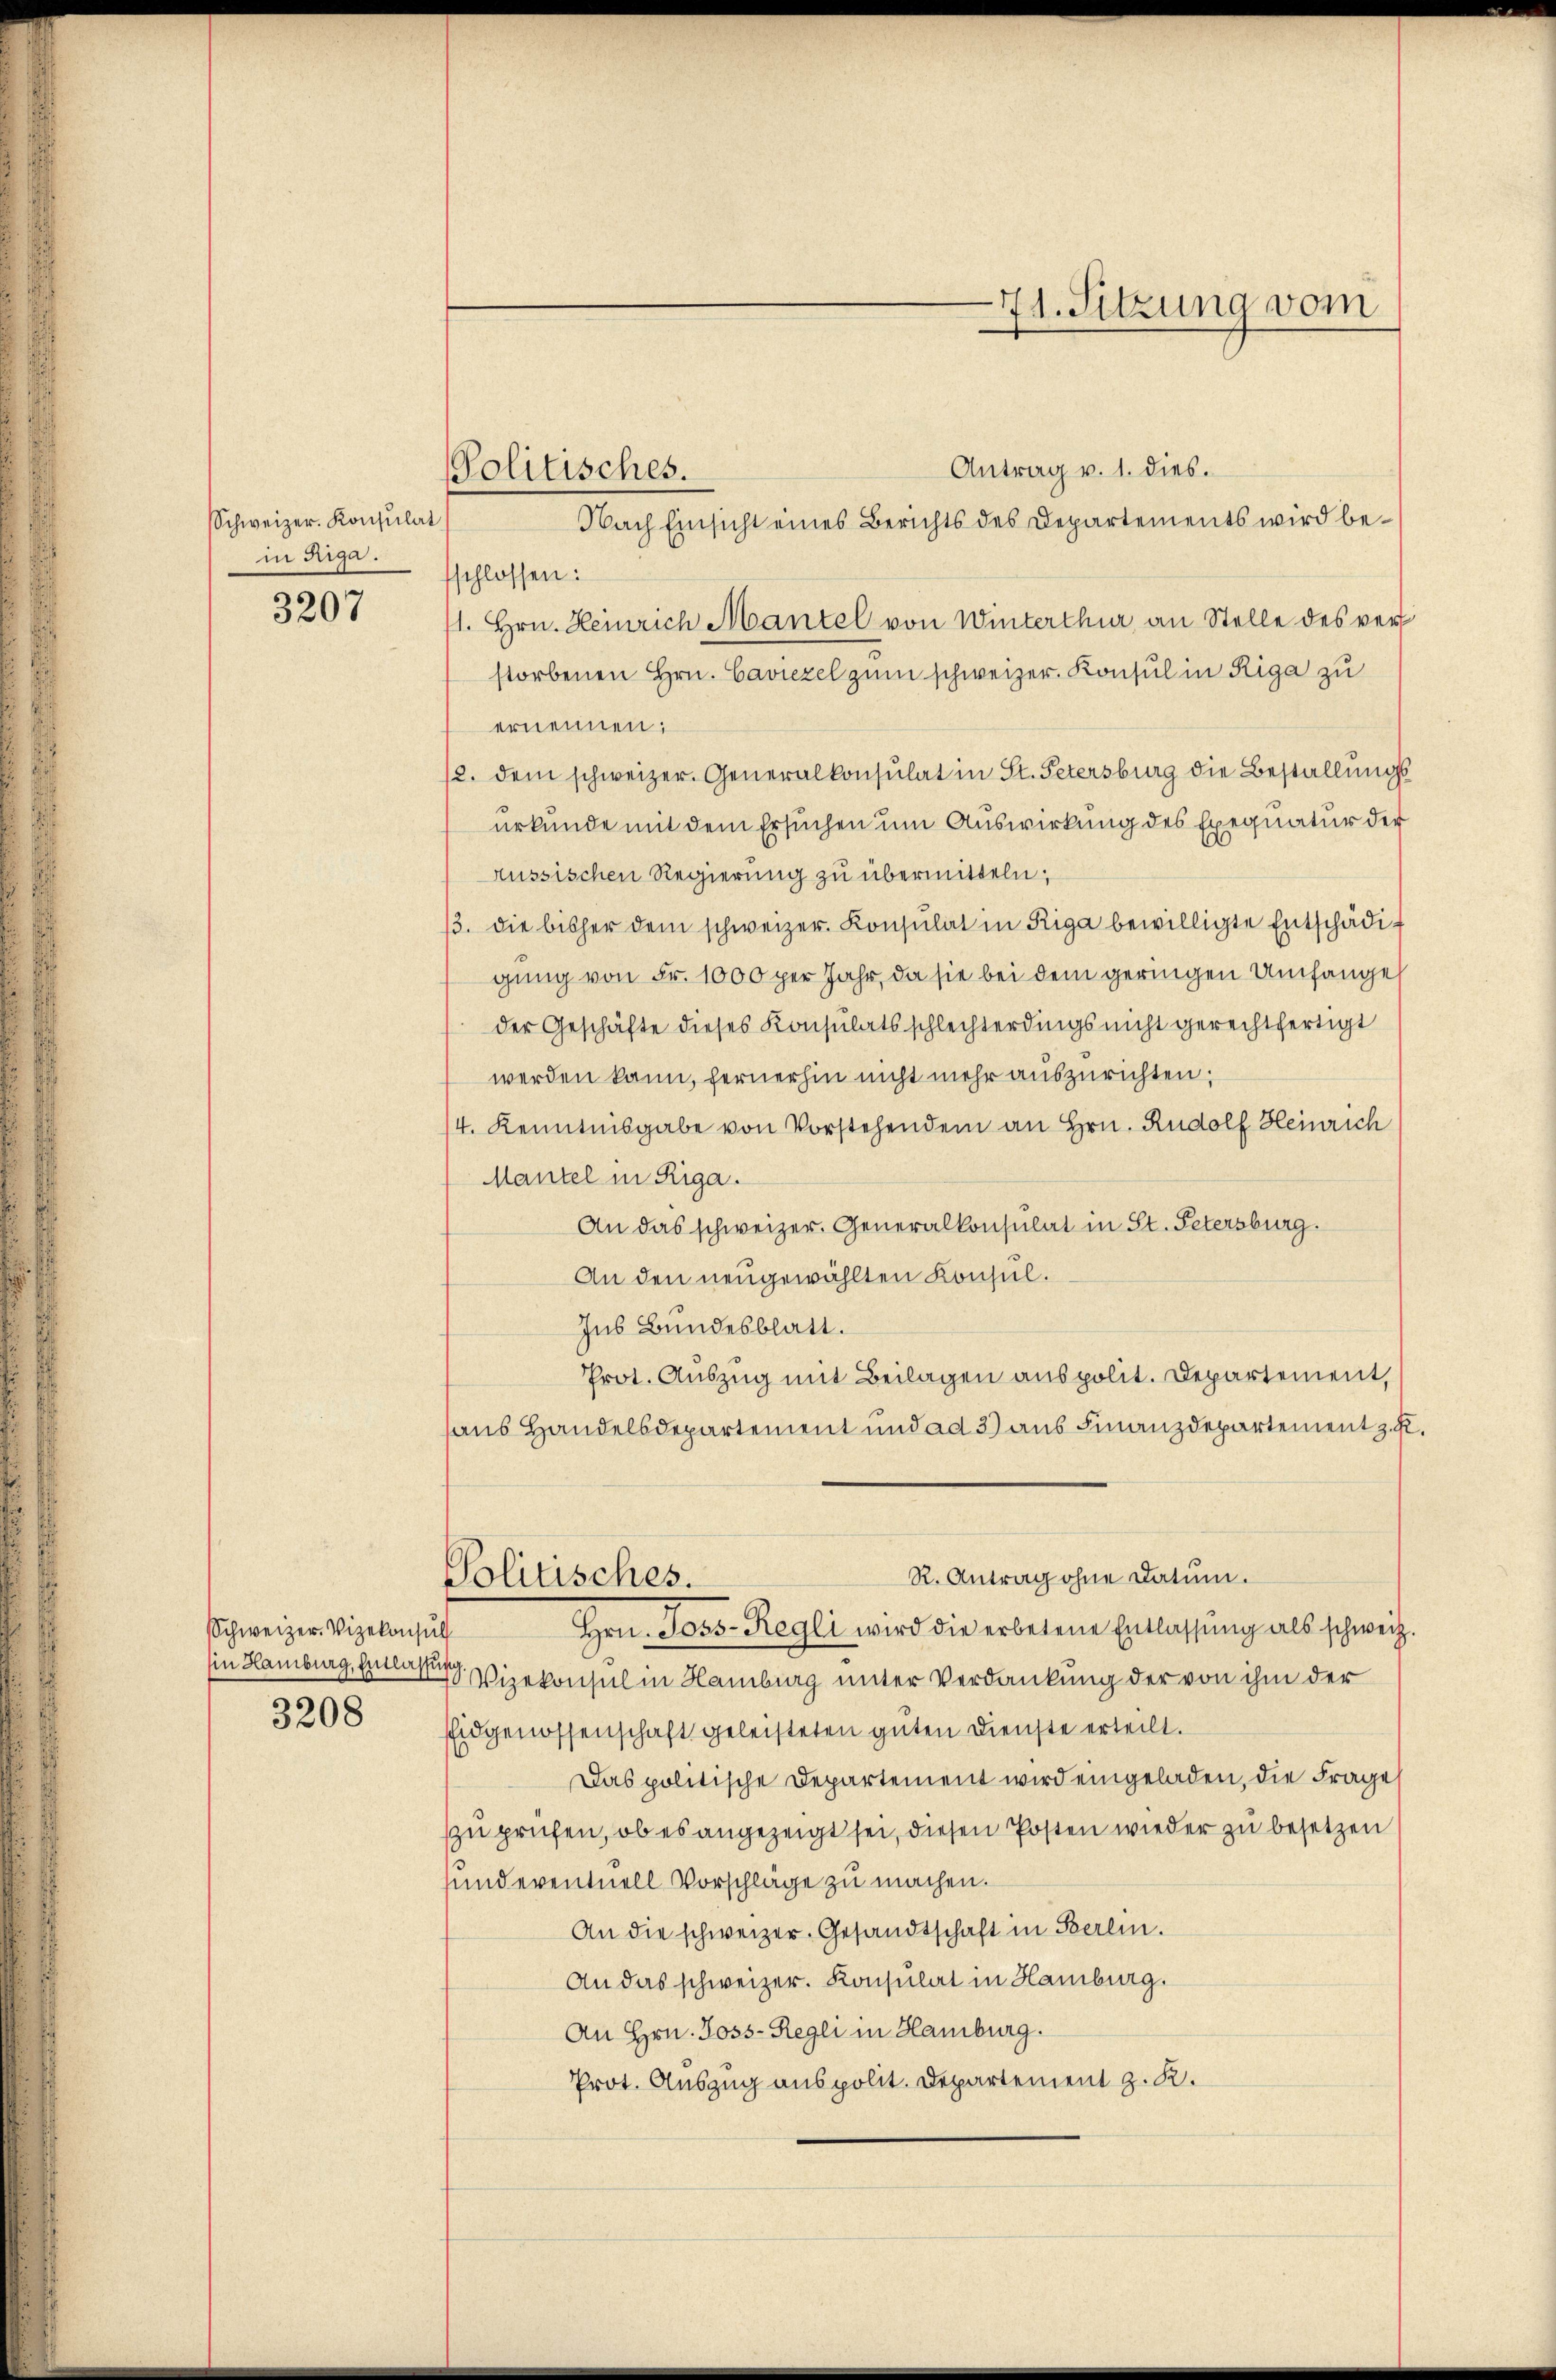
Schweizer. Konsulat
in Riga.

3207

Schweizer. Vizekonsul
in Hamburg, Entlass
3208

Politisches.

71. Sitzung vom

Antrag v. 1. dies.
Nach Einsicht eines Berichts des Departements wird beschlossen:
1. Hrn. Heinrich Mantel von Winterthur an Stelle des ver
storbenen Hrn. Caviezel zum schweizer. Konsul in Riga zu
ernennen;
2. dem schweizer. Generalkonsulat in St. Petersburg die Bestallungsurkunde mit dem Ersuchen um Auswirkung des Exequatur der
rüssischen Regierung zu übermitteln;
3. die bisher dem schweizer. Consulat in Riga bewilligte Entschädigung von Fr. 1000 per Jahr, da sie bei dem geringen Umfange
der Geschäfte dieses Konsulatsschlechterdings nicht gerechtfertigt
werden kann, fernerhin nicht mehr auszurichten;
4. Kenntnisgabe von Vorstehendem an Hrn. Rudolf Heinrich
Mantel in Riga.
An das schweizer. Generalkonsulat in St. Petersburg.
An den neugewählten Konsul¬
Ins Bundesblatt.
Prot. Auszug mit Beilagen aus polit. Departement,
aus Handelsdepartement und ad 3) aus Finanzdepartement z. K.
R. Antrag ohne Datum.
Politisches.
Hrn. Joss-Regli wird die erbetene Entlassŭng als schweiz.
d
Vizekonsul in Hamburg unter Verdankung der von ihm der
EEidgenossenschaft geleisteten guten Dienste erteilt.
Das politische Departement wird eingeladen, die Frage
zu prüfen, ob es angezeigt sei, diesen Posten wieder zu besetzen
und eventuell Vorschläge zu machen.
An die schweizer. Gesandtschaft in Berlin.
An das schweizer. Konsulat in Hamburg.
An Hrn. Joss-Regli in Hamburg.
Prot. Auszug aus polit. Departement z. K.